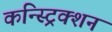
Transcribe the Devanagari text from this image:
कन्स्ट्रिक्शन